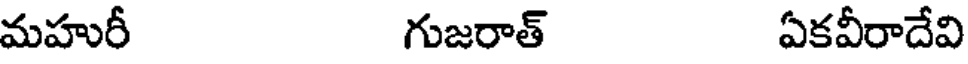
మహురీ గుజరాత్ ఏకవీరాదేవి